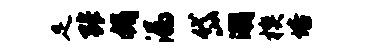
足张媚漏岱潮楔培